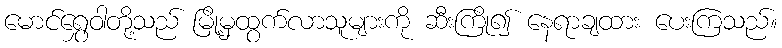
မောင်ရွှေဝါတို့သည် မြို့မှထွက်လာသူများကို ဆီးကြို၍ နေရာချထား ပေးကြသည်။